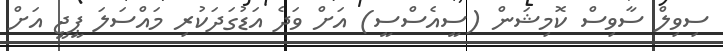
ސިވިލް ސާވިސް ކޮމިޝަން (ސީއެސްސީ) އަށް ވަދެ އަޑުގަދަކުރި މައްސަލަ ޕީޖީ އަށް